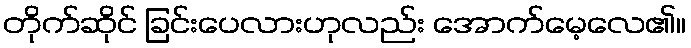
တိုက်ဆိုင် ခြင်းပေလားဟုလည်း အောက်မေ့လေ၏။